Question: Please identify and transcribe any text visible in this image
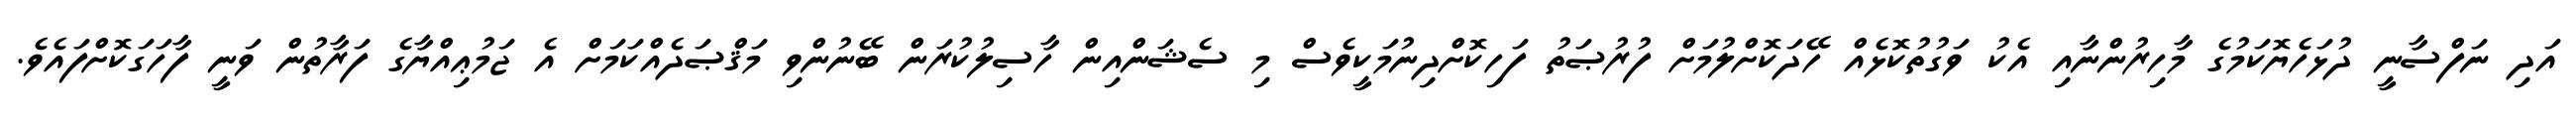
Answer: އަދި ނަފްސާނީ ދުޅަހެޔޮކަމުގެ މާހިރުންނާއި އެކު ވަގުތުކޮޅެއް ހޭދަކޮށްލުމަށް ފުރުޞަތު ފަހިކޮށްދިނުމަކީވެސް މި ސެޝަންއިން ހާސިލުކުރަން ބޭނުންވި މަޤްޞަދެއްކަމަށް އެ ޖަމުޢިއްޔާގެ ފަރާތުން ވަނީ ފާހަގަކޮށްފައެވެ.